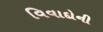
વિવાદોની